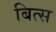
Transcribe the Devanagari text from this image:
बित्स